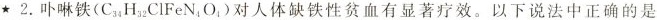
★2.卟啉铁(C_{34}H_{32}ClFeN_{4}O_{4})对人体缺铁性贫血有显著疗效。以下说法中正确的是